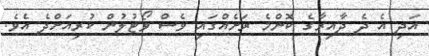
އަދި އެ ދެ ދާއިރާގެ ކޮންމެ ރަށެއްގައި ވެސް ވޯޓުލުން ކުރިއަށްދެ އެވެ.